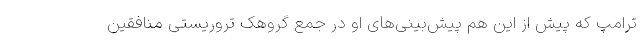
ترامپ که پیش از این هم پیش‌بینی‌های او در جمع گروهک تروریستی منافقین